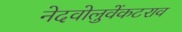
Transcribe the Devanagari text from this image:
नेदवोलुवेंकटराव